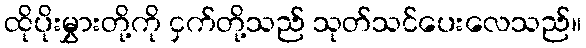
ထိုပိုးမွှားတို့ကို ငှက်တို့သည် သုတ်သင်ပေးလေသည်။